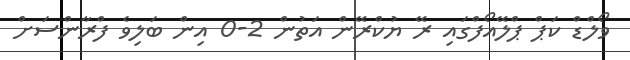
ވޯލްޑް ކަޕް ޕްލޭއޯފްގައި ރޭ ޔުކްރޭން އަތުން 2-0 އިން ބަލިވެ ފްރާންސަށް